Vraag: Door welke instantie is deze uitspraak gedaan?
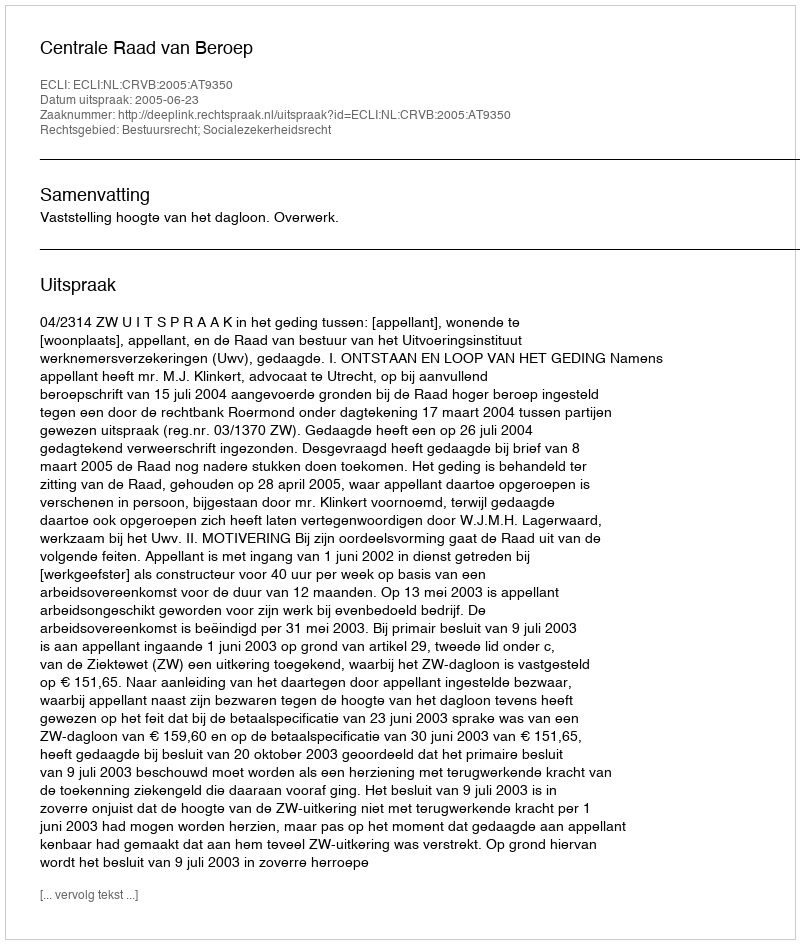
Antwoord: Centrale Raad van Beroep